Vaccination North-Western Provinces 1866-1877 - 1866-1877
Year: 1866
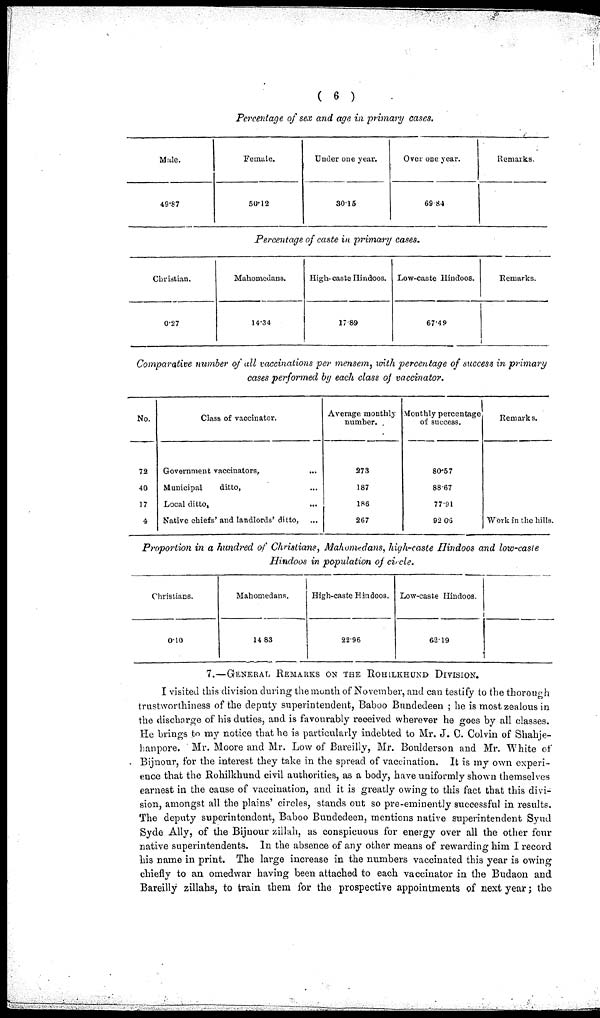
( 6 )
Percentage of sex and age in primary cases.
Male.
49.87
Female.
50.12
Under one year.
30.15
Over one year.
69.84
Percentage of caste in primary cases.
Christian.
0.27
Mahomedans.
14.34
High-caste Hindoos.
17.89
Low-caste Hindoos.
67.49
Remarks.
Remarks.
Comparative number of all vaccinations per mensem, with percentage of success in primary
cases performed by each class of vaccinator.
No.
72
40
17
4
Class of vaccinator.
Government vaccinators, ...
Municipal
ditto,
...
Local ditto,
...
Native chiefs' and landlords' ditto, ...
Average monthly
number.
273
187
186
267
Monthly percentage
of success.
80.57
88.67
77.91
92.06
Remarks.
Work in the hills.
Proportion in a hundred of Christians, Mahomedans, high-caste Hindoos and low-caste
Hindoos in population of circle.
Christians.
0.10
Mahomedans.
14.83
High-caste Hindoos.
22.96
Low-caste Hindoos.
62.19
7.—GENERAL REMARKS ON THE ROHILKHUND DIVISION.
I visited this division during the month of November, and can testify to the thorough
trustworthiness of the deputy superintendent, Baboo Bundedeen ; he is most zealous in
the discharge of his duties, and is favourably received wherever he goes by all classes.
He brings to my notice that he is particularly indebted to Mr. J. C. Colvin of
Bijnour, for the interest they take in the spread of vaccination. It is my own experi-
ence that the Rohilkhund civil authorities, as a body, have uniformly shown themselves
earnest in the cause of vaccination, and it is greatly owing to this fact that this divi-
sion, amongst all the plains' circles, stands out so pre-eminently successful in results.
The deputy superintendent, Baboo Bundedeen, mentions native superintendent Syud
Syde Ally, of the Bijnour zillah, as conspicuous for energy over all the other four
native superintendents. In the absence of any other means of rewarding him I record
his name in print. The large increase in the numbers vaccinated this year is owing
chiefly to an omedwar having been attached to each vaccinator in the Budaon and
Bareilly zillahs, to train them for the prospective appointments of next year ; the